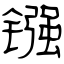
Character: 镪